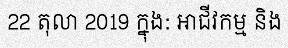
22 តុលា 2019 ក្នុង: អាជីវកម្ម និង